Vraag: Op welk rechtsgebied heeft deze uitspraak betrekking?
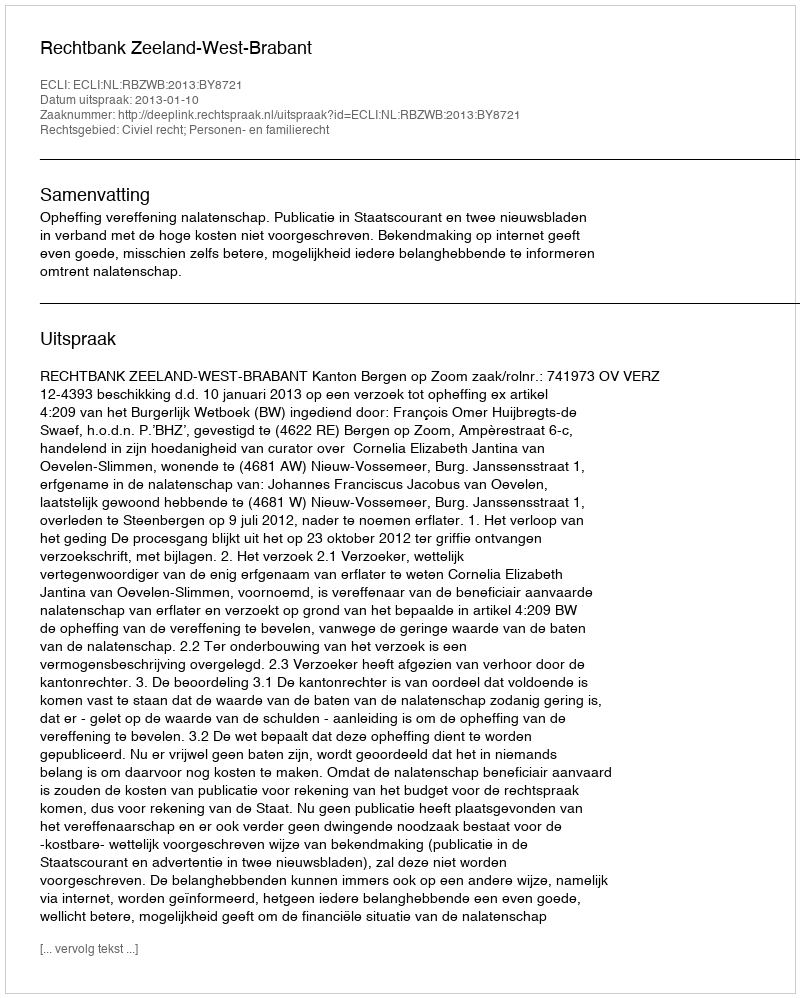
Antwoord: Civiel recht; Personen- en familierecht